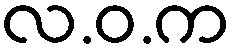
လ.ဝ.က